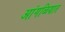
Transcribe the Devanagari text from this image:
आंगळियात